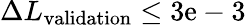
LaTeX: \Delta L_{\textrm{validation}}\leq 3\mathrm{e}-3